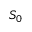
S _ { 0 }